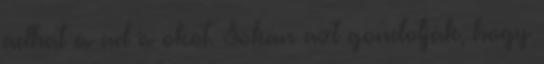
adhat és ad is okot. Sokan azt gondolják, hogy